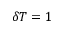
\delta T = 1